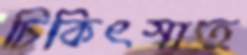
চিকিৎসাত